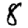
Digit: 8